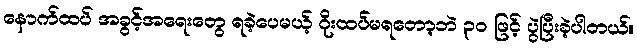
နောက်ထပ် အခွင့်အရေးတွေ ရခဲ့ပေမယ့် ဂိုးထပ်မရတော့ဘဲ ၃၀ ဖြင့် ပွဲပြီးခဲ့ပါတယ်။